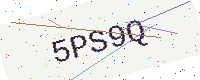
Text: 5PS9Q